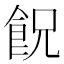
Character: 𩚶